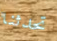
تحدثنا